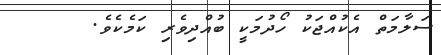
ސަލާމަތް އެކުއްޖަކު ހޯދުމަކީ ބުއްދިވެރި ކަމެކެވެ.